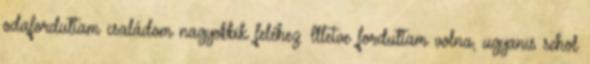
odafordultam családom nagyobbik feléhez. Illetve fordultam volna, ugyanis sehol